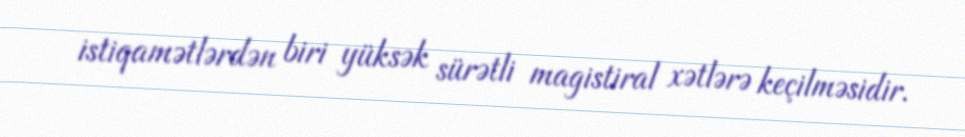
istiqamətlərdən biri yüksək sürətli magistiral xətlərə keçilməsidir.